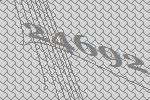
24692